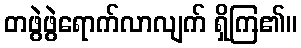
တဖွဲဖွဲရောက်လာလျက် ရှိကြ၏။